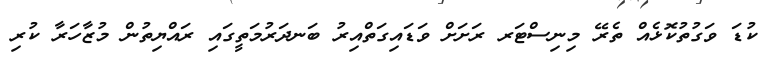
ކުޑަ ވަގުތުކޮޅެއް ތެރޭ މިނިސްޓަރ ރަށަށް ވަޑައިގަތްއިރު ބަނދަރުމަތީގައި ރައްޔިތުން މުޒާހަރާ ކުރި